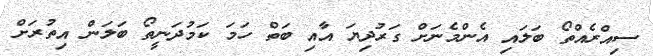
ސިއްރެއްތޯ ބަލައި އެންމެނަށް ގަރުދިޔަ އާއި ބަތް ހަމަ ކަމުދަނީތޯ ބަލަން އިތުރަށް